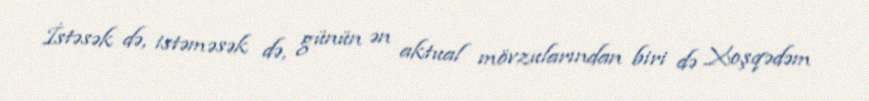
İstəsək də, istəməsək də, günün ən aktual mövzularından biri də Xoşqədəm